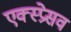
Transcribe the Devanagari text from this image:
एक्स्प्रेसव